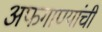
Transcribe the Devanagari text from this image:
अफगाण्यांची